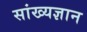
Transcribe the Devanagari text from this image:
सांख्यज्ञान